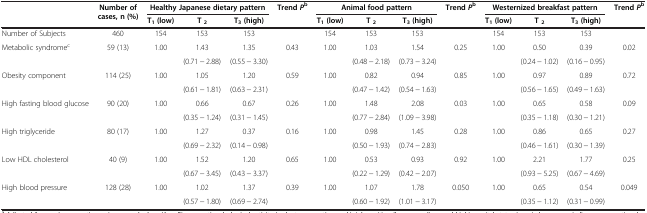
<table><thead><tr><td><b> </b></td><td><b>Number of cases, n (%)</b></td><td colspan="3"><b>Healthy Japanese dietary pattern</b></td><td><b>Trend <i>P</i><sup>b</sup></b></td><td colspan="3"><b>Animal food pattern</b></td><td><b>Trend <i>P</i><sup>b</sup></b></td><td colspan="3"><b>Westernized breakfast pattern</b></td><td><b>Trend <i>P</i><sup>b</sup></b></td></tr><tr><td><b> </b></td><td><b> </b></td><td><b>T<sub>1 </sub>(low)</b></td><td><b>T <sub>2</sub></b></td><td><b>T<sub>3 </sub>(high)</b></td><td><b> </b></td><td><b>T<sub>1 </sub>(low)</b></td><td><b>T <sub>2</sub></b></td><td><b>T<sub>3 </sub>(high)</b></td><td><b> </b></td><td><b>T<sub>1 </sub>(low)</b></td><td><b>T <sub>2</sub></b></td><td><b>T<sub>3 </sub>(high)</b></td><td><b> </b></td></tr></thead><tbody><tr><td>Number of Subjects</td><td>460</td><td>154</td><td>153</td><td>153</td><td> </td><td>154</td><td>153</td><td>153</td><td> </td><td>154</td><td>153</td><td>153</td><td> </td></tr><tr><td rowspan="2">Metabolic syndrome<sup>c</sup></td><td>59 (13)</td><td>1.00</td><td>1.43</td><td>1.35</td><td>0.43</td><td>1.00</td><td>1.03</td><td>1.54</td><td>0.25</td><td>1.00</td><td>0.50</td><td>0.39</td><td rowspan="2">0.02</td></tr><tr><td> </td><td> </td><td>(0.71 - 2.88)</td><td>(0.55 - 3.30)</td><td> </td><td> </td><td>(0.48 - 2.18)</td><td>(0.73 - 3.24)</td><td> </td><td> </td><td>(0.24 - 1.02)</td><td>(0.16 - 0.95)</td></tr><tr><td rowspan="2">Obesity component</td><td>114 (25)</td><td>1.00</td><td>1.05</td><td>1.20</td><td>0.59</td><td>1.00</td><td>0.82</td><td>0.94</td><td>0.85</td><td>1.00</td><td>0.97</td><td>0.89</td><td rowspan="2">0.72</td></tr><tr><td> </td><td> </td><td>(0.61 - 1.81)</td><td>(0.63 - 2.31)</td><td> </td><td> </td><td>(0.47 - 1.42)</td><td>(0.54 - 1.63)</td><td> </td><td> </td><td>(0.56 - 1.65)</td><td>(0.49 - 1.63)</td></tr><tr><td rowspan="2">High fasting blood glucose</td><td>90 (20)</td><td>1.00</td><td>0.66</td><td>0.67</td><td>0.26</td><td>1.00</td><td>1.48</td><td>2.08</td><td>0.03</td><td>1.00</td><td>0.65</td><td>0.58</td><td rowspan="2">0.09</td></tr><tr><td> </td><td> </td><td>(0.35 - 1.24)</td><td>(0.31 - 1.45)</td><td> </td><td> </td><td>(0.77 - 2.84)</td><td>(1.09 - 3.98)</td><td> </td><td> </td><td>(0.35 - 1.18)</td><td>(0.30 - 1.21)</td></tr><tr><td rowspan="2">High triglyceride</td><td>80 (17)</td><td>1.00</td><td>1.27</td><td>0.37</td><td>0.16</td><td>1.00</td><td>0.98</td><td>1.45</td><td>0.28</td><td>1.00</td><td>0.86</td><td>0.65</td><td rowspan="2">0.27</td></tr><tr><td> </td><td> </td><td>(0.69 - 2.32)</td><td>(0.14 - 0.98)</td><td> </td><td> </td><td>(0.50 - 1.93)</td><td>(0.74 - 2.83)</td><td> </td><td> </td><td>(0.46 - 1.61)</td><td>(0.30 - 1.39)</td></tr><tr><td rowspan="2">Low HDL cholesterol</td><td>40 (9)</td><td>1.00</td><td>1.52</td><td>1.20</td><td>0.65</td><td>1.00</td><td>0.53</td><td>0.93</td><td>0.92</td><td>1.00</td><td>2.21</td><td>1.77</td><td rowspan="2">0.25</td></tr><tr><td> </td><td> </td><td>(0.67 - 3.45)</td><td>(0.43 - 3.37)</td><td> </td><td> </td><td>(0.22 - 1.29)</td><td>(0.42 - 2.07)</td><td> </td><td> </td><td>(0.93 - 5.25)</td><td>(0.67 - 4.69)</td></tr><tr><td>High blood pressure</td><td>128 (28)</td><td>1.00</td><td>1.02</td><td>1.37</td><td>0.39</td><td>1.00</td><td>1.07</td><td>1.78</td><td>0.050</td><td>1.00</td><td>0.65</td><td>0.54</td><td>0.049</td></tr><tr><td> </td><td> </td><td> </td><td>(0.57 - 1.80)</td><td>(0.69 - 2.74)</td><td> </td><td> </td><td>(0.60 - 1.92)</td><td>(1.01 - 3.17)</td><td> </td><td> </td><td>(0.35 - 1.12)</td><td>(0.31 - 0.99)</td><td> </td></tr></tbody></table>